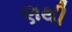
ણથી